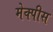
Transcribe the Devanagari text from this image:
मेक्पीस